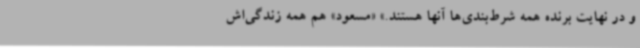
و در نهایت برنده همه شرط‌بندی‌ها آنها هستند.» «مسعود» هم همه زندگی‌اش